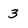
Character: 3